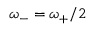
\omega _ { - } = \omega _ { + } / 2